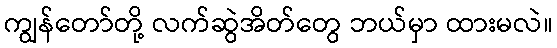
ကျွန်တော်တို့ လက်ဆွဲအိတ်တွေ ဘယ်မှာ ထားမလဲ။